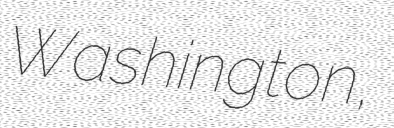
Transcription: Washington,